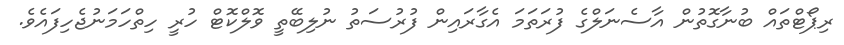
ރިޕޯޓްތައް ބުނާގޮތުން އާސެނަލްގެ ފުރަތަމަ އެގާރައިން ފުރުސަތު ނުލިބޭތީ ވޮލްކޮޓް ހުރީ ހިތްހަމަނުޖެހިފައެވެ.